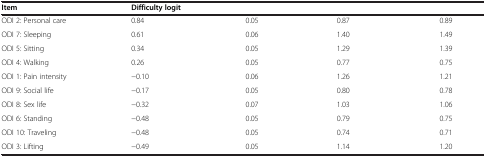
<table><thead><tr><td><b>Item</b></td><td><b>Difficulty logit</b></td><td>[EMPTY_CELL]</td><td>[EMPTY_CELL]</td><td>[EMPTY_CELL]</td></tr></thead><tbody><tr><td>ODI 2: Personal care</td><td>0.84</td><td>0.05</td><td>0.87</td><td>0.89</td></tr><tr><td>ODI 7: Sleeping</td><td>0.61</td><td>0.06</td><td>1.40</td><td>1.49</td></tr><tr><td>ODI 5: Sitting</td><td>0.34</td><td>0.05</td><td>1.29</td><td>1.39</td></tr><tr><td>ODI 4: Walking</td><td>0.26</td><td>0.05</td><td>0.77</td><td>0.75</td></tr><tr><td>ODI 1: Pain intensity</td><td>−0.10</td><td>0.06</td><td>1.26</td><td>1.21</td></tr><tr><td>ODI 9: Social life</td><td>−0.17</td><td>0.05</td><td>0.80</td><td>0.78</td></tr><tr><td>ODI 8: Sex life</td><td>−0.32</td><td>0.07</td><td>1.03</td><td>1.06</td></tr><tr><td>ODI 6: Standing</td><td>−0.48</td><td>0.05</td><td>0.79</td><td>0.75</td></tr><tr><td>ODI 10: Traveling</td><td>−0.48</td><td>0.05</td><td>0.74</td><td>0.71</td></tr><tr><td>ODI 3: Lifting</td><td>−0.49</td><td>0.05</td><td>1.14</td><td>1.20</td></tr></tbody></table>